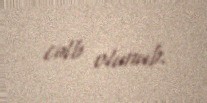
cəlb olunub.